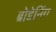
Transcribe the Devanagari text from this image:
ब्रोडेनिंग